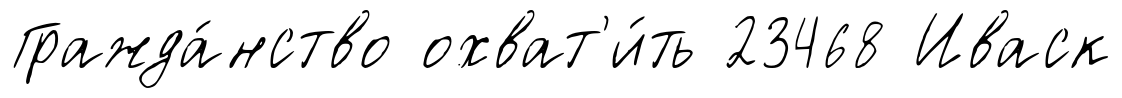
Гражда́нство охват'и́ть 23468 Иваск